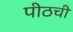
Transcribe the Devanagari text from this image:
पीठची